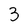
Character: 3